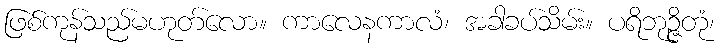
ဖြစ်ကုန်သည်မဟုတ်လော။ ကာလေနကာလံ၊ အခါခပ်သိမ်း။ ပရိဘုဉ္ဇိတုံ၊